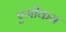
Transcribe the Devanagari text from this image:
एमीकस